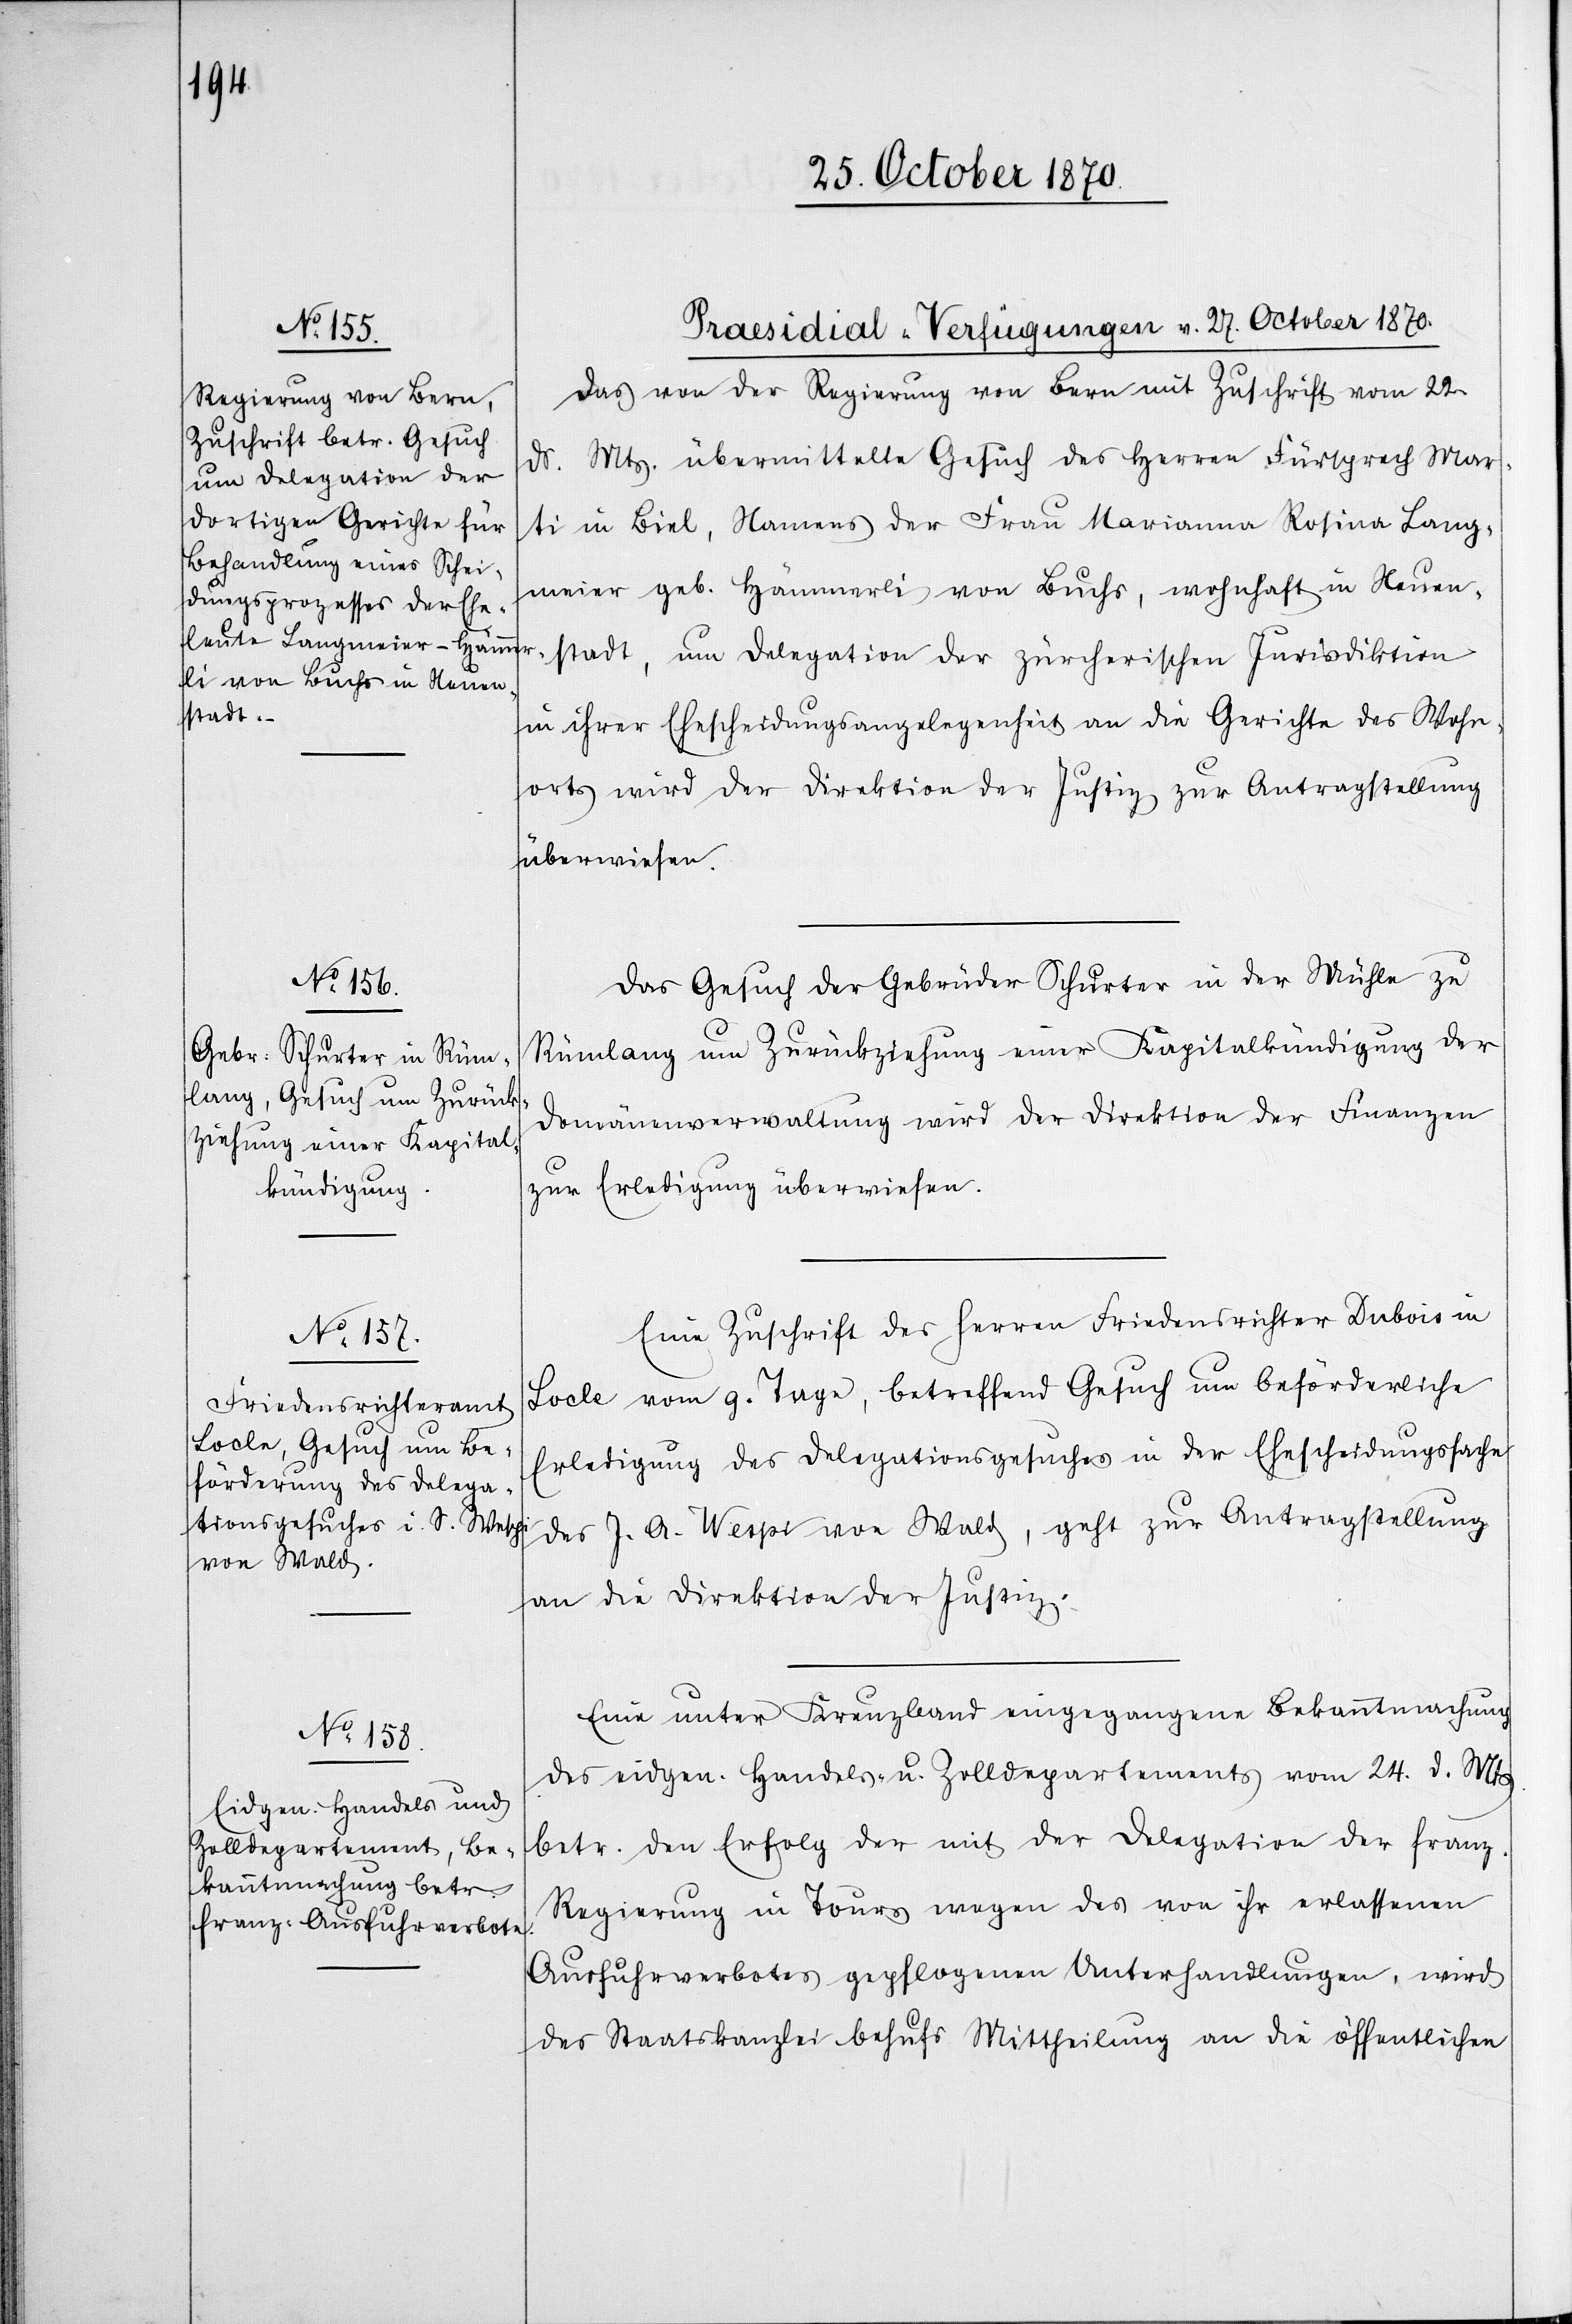
[Praesidial-Verfügungen v. 27. October 1870.]
Das von der Regierung von Bern mit Zuschrift vom 22.
d. Mts. übermittelte Gesuch des Herren Fürsprech Mar¬
ti in Biel, Namens der Frau Marianna Rosina Lang¬
meier geb. Hämmerli von Buchs, wohnhaft in Neuen¬
stadt, um Delegation der zürcherischen Jurisdiktion
in ihrer Ehescheidungsangelegenheit an die Gerichte des Wohn¬
orts wird der Direktion der Justiz zur Antragstellung
überwiesen.
Das Gesuch der Gebrüder Schurter in der Mühle zu
Rümlang um Zurückziehung einer Kapitalkündigung der
Domänenverwaltung wird der Direktion der Finanzen
zur Erledigung überwiesen.
Eine Zuschrift des Herren Friedensrichter Dubois in
Locle vom g. Tage, betreffend Gesuch um beförderliche
Erledigung des Delegationsgesuches in der Ehescheidungssache
des J. A. Wespi von Wald, geht zur Antragstellung
an die Direktion der Justiz.
Eine unter Kreuzband eingegangenen Bekanntmachung
des eidgen. Handels- u. Zolldepartements vom 24. d. Mts.
betr. den Erfolg der mit der Delegation der franz.
Regierung in Tours wegen des von ihr erlassenen
Ausfuhrverbotes gepflogenen Unterhandlungen, wird
der Staatskanzlei behufs Mittheilung an die öffentlichen